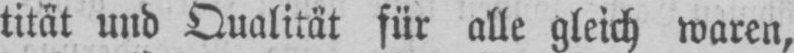
tität und Qualität für alle gleich waren,